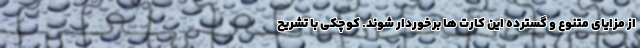
از مزایای متنوع و گسترده این کارت ها برخوردار شوند. کوچکی با تشریح